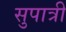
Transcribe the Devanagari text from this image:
सुपात्री